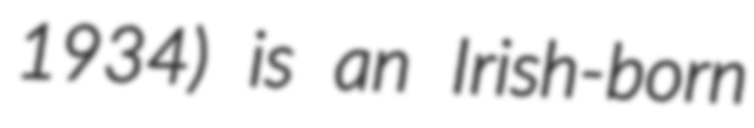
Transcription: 1934) is an Irish-born